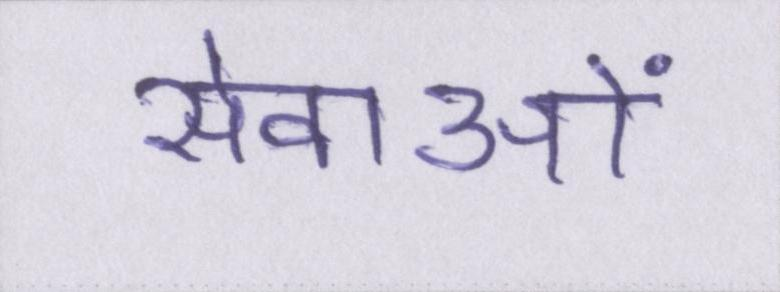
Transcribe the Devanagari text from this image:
सेवाओं